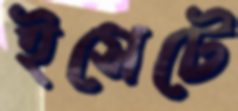
ইসেটে